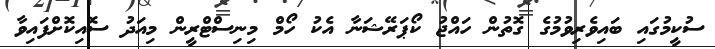
ސުކީމުގައި ބައިވެރިވުމުގެ ގޮތުން ހައްޖު ކޯޕަރޭޝަނާ އެކު ހޯމް މިނިސްޓްރީން މިއަދު ސޮއިކޮށްފައިވާ